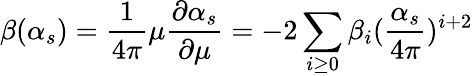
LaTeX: \beta(\alpha_{s})=\frac{1}{4\pi}\mu\frac{\partial\alpha_{s}}{\partial\mu}=-2\sum_{i\geq 0}\beta_{i}(\frac{\alpha_{s}}{4\pi})^{i+2}